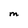
Character: M